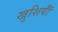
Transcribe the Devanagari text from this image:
खुशियॉँ